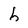
Character: h